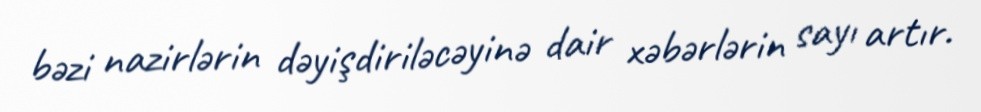
bəzi nazirlərin dəyişdiriləcəyinə dair xəbərlərin sayı artır.